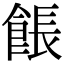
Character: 餦